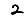
Digit: 2